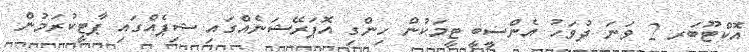
އޮކްޓޫބަރ 2 ވަނަ ދުވަހު އެންސީބީ ޓީމަކުން ހިންގި އޮޕަރޭޝަނެއްގައި ޝިޕެއްގައި ޕާޓީކުރަމުން